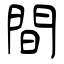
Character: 間